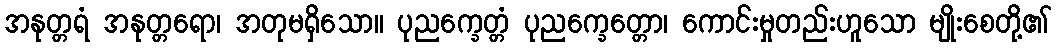
အနုတ္တရံ အနုတ္တရော၊ အတုမရှိသော။ ပုညက္ခေတ္တံ ပုညက္ခေတ္တော၊ ကောင်းမှုတည်းဟူသော မျိုးစေတို့၏